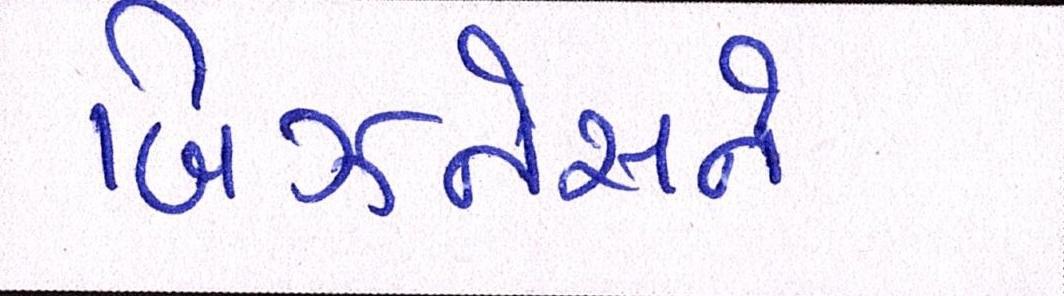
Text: બિઝનેસને